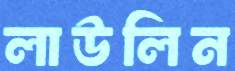
লাউলিন